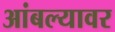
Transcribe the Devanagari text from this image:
आंबल्यावर